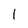
Character: 1